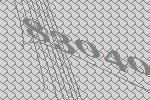
83040